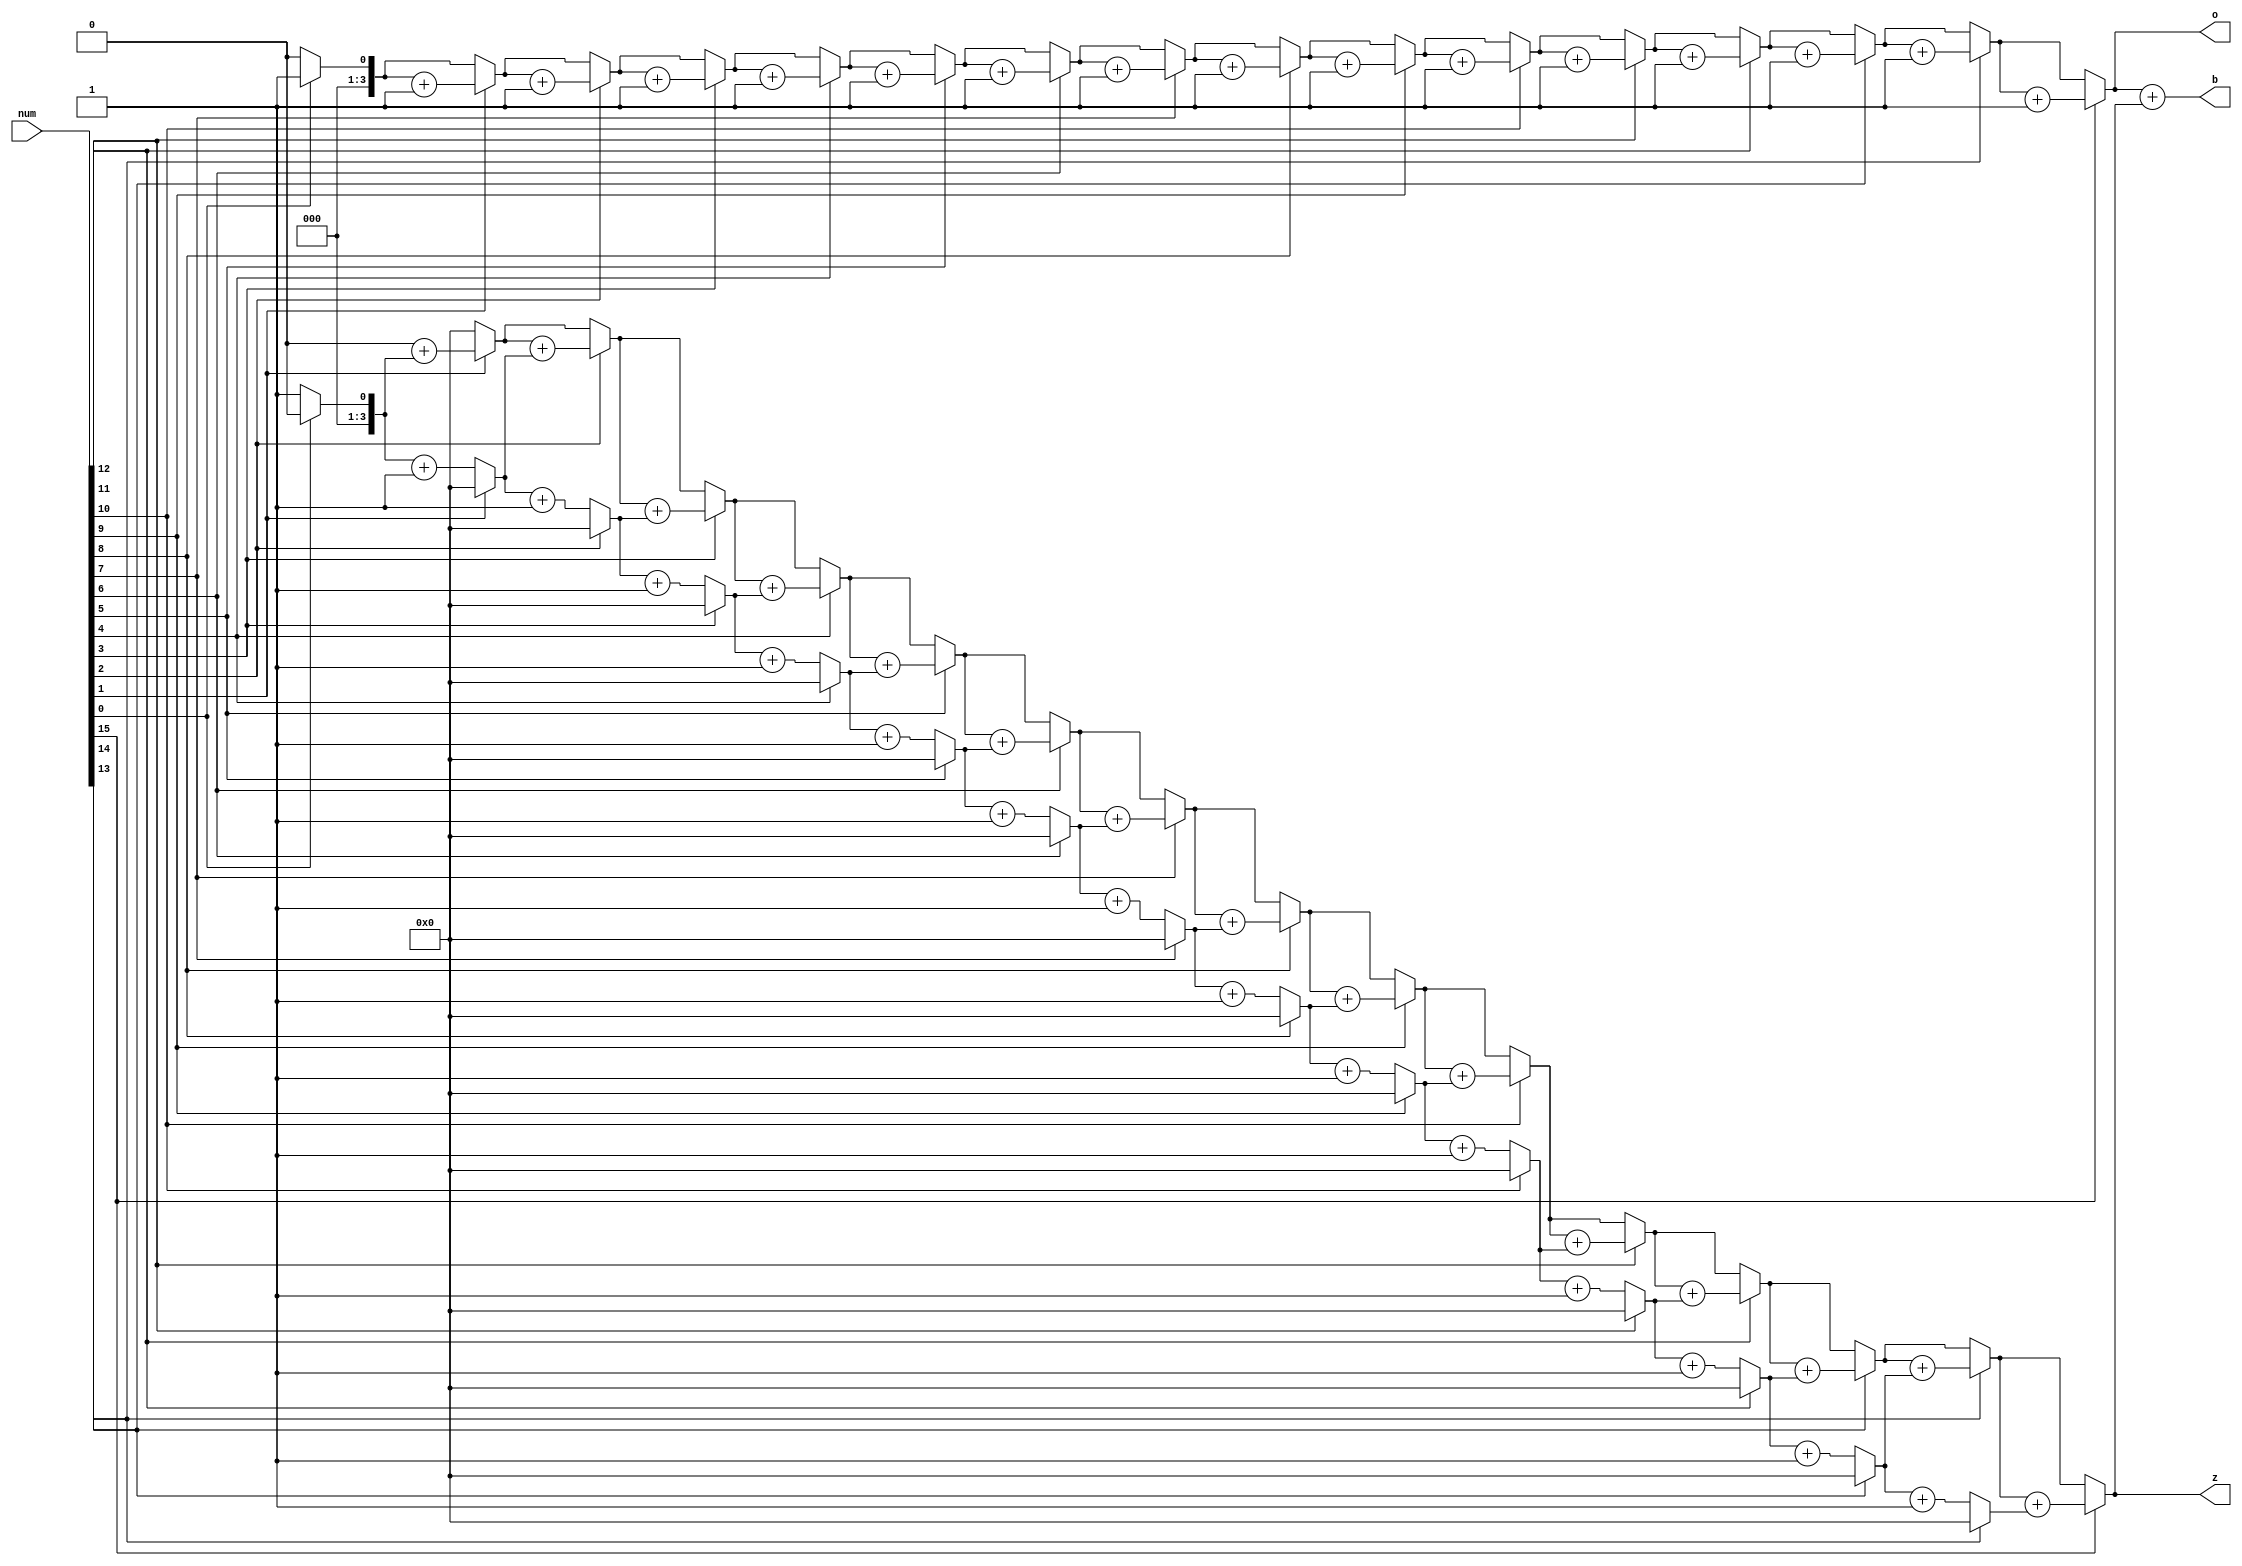
module BitCounter(num, z, o, b);

input [15:0] num;

output reg [3:0] z, o, b;

reg [3:0] zTemp;
integer i;

	always @ (num) begin
		z = 0;
		o = 0;
		b = 0;
		zTemp = 0;

		for (i = 0; i <= 15; i = i+1) begin
			if (num[i] == 1) begin
				o = o + 1;
				z = z + zTemp;
				zTemp = 0;
			end else zTemp = zTemp + 1;
			
		end
		
		b = o + z; // add the number of ones and zeros without leading zeros
		
	end
endmodule